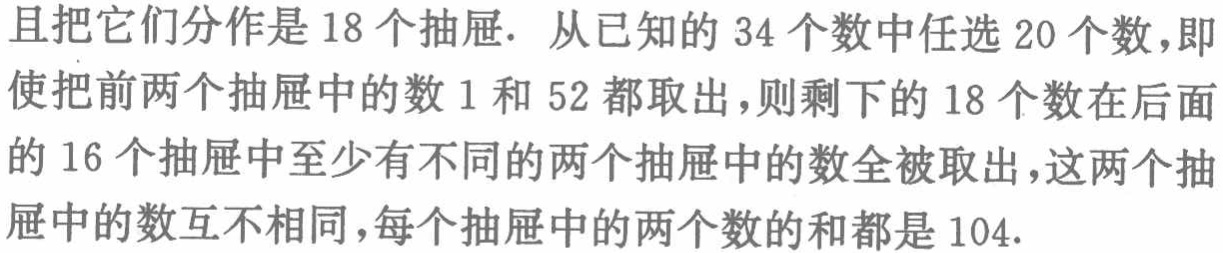
且把它们分作是18个抽屉. 从已知的34个数中任选20个数,即使把前两个抽屉中的数1和52都取出,则剩下的18个数在后面的16个抽屉中至少有不同的两个抽屉中的数全被取出,这两个抽屉中的数互不相同,每个抽屉中的两个数的和都是104.